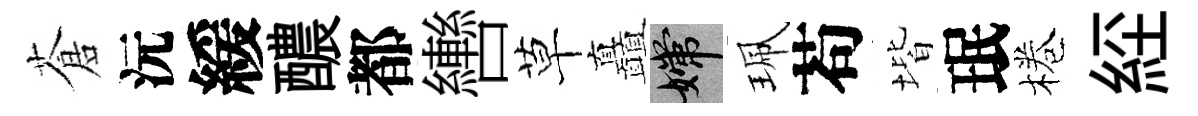
蒼沅緩醲都轡草矗嫦珮苟堦珉棬𦀇